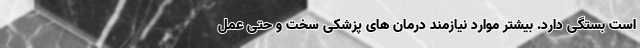
است بستگی دارد. بیشتر موارد نیازمند درمان های پزشکی سخت و حتی عمل